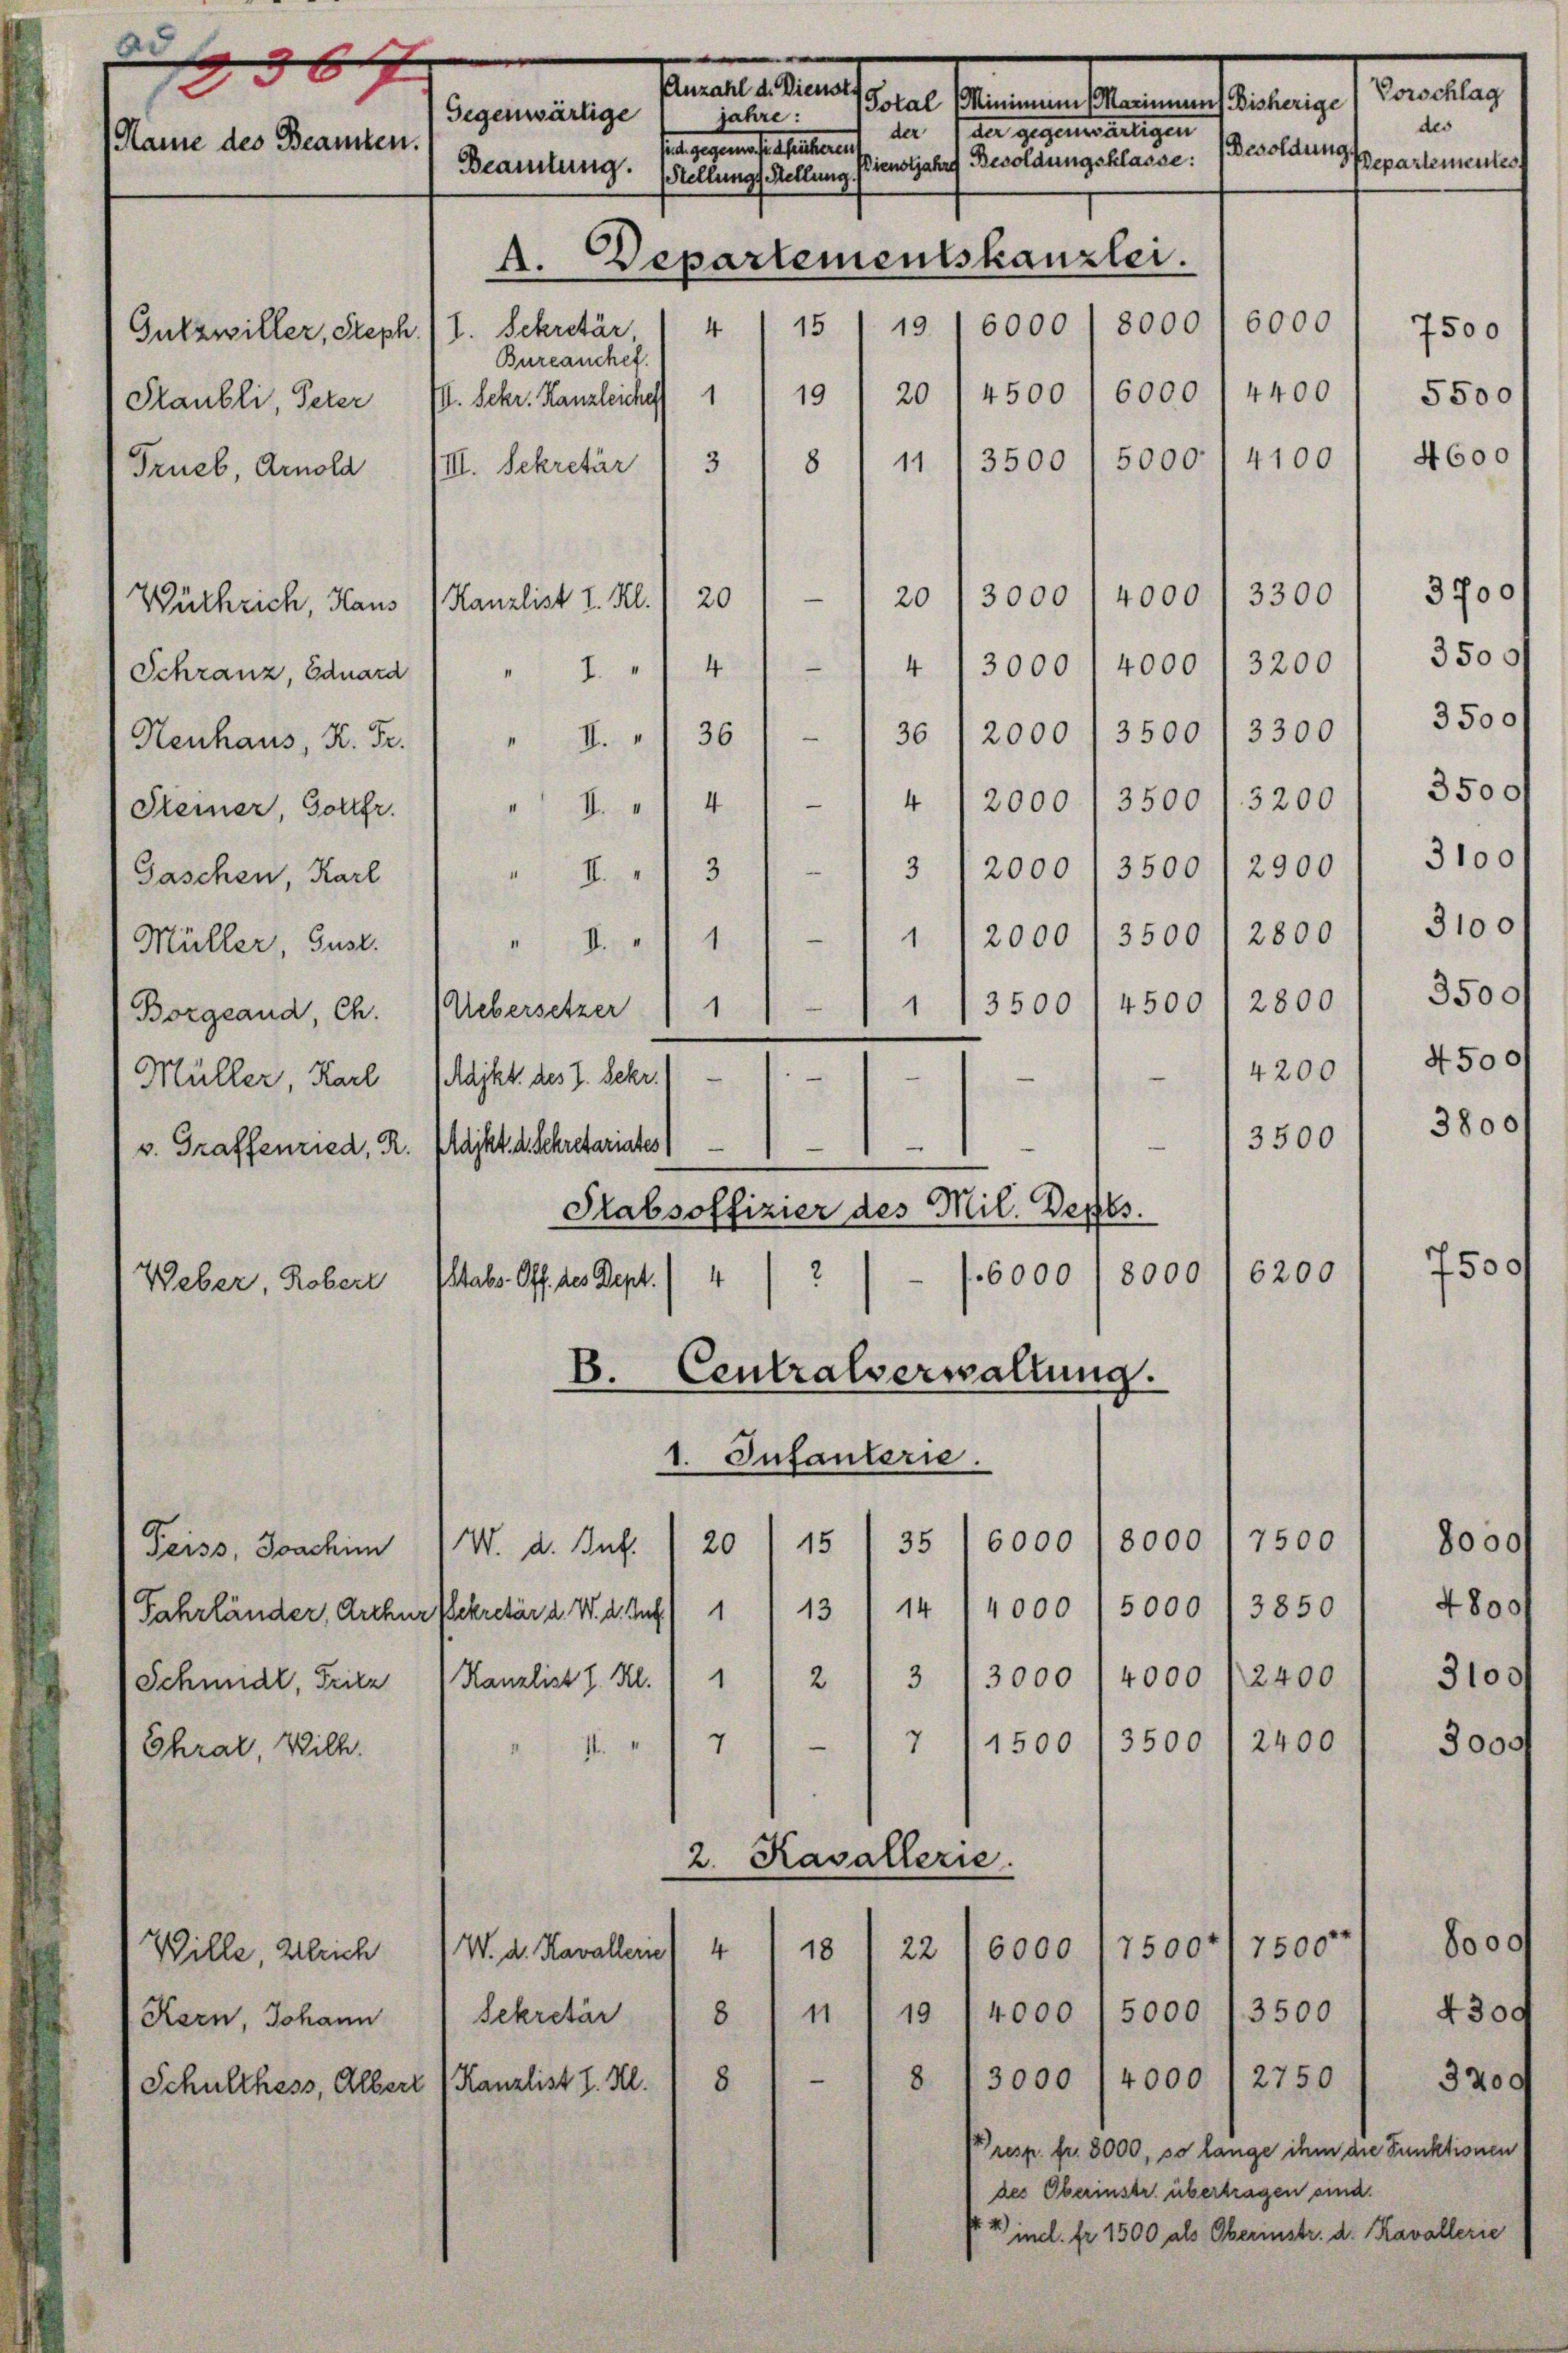
d
567
.
Perlesung
Gegenwärtige
jahre:
der der gegenwärtigen
1 Name des Beamten.
entgegen sie seltenen
Pienstjahre Besoldungsklasse:
Beamtung.
Stellungs Stellung
A. Departementskanzlei.

19. 16000 / 8000
15
Bureauchet.
20 / 4500 l 6000 l 4400 / 5500
19
Staubli, Peter IV. Sekr. Kanzleiches 1
4100
5000.
3500
3
8
11
VIII. Sekretär
4000.
.
3300
3000
20
20
Kanzlist I. Kl.
Wüthrich, Haus
4 13000 l 4000 l 3200 1 3500f
i
Schranz, Eduard " " I. " " 4
36 (2000 / 3500 / 3300 / 3500
—
36
I.
Henhaus, K. Fr.
4
I.14 1/4 /2000 / 3500 l. 3200 / 3500 f
.
3 12000 /3500 / 2900 I 3100
.
2000 / 3500 12800) 3100
1

Borgeand, Ch. (Uebersetzer 1 11 - 1 3500 / 4500) 2800) 3500
.
.
.
Müller, Karl 1 Rajkt. des I. Sekr.)
3500
v. Graffenried, R. Markt. d. Schretariates
Stabsoffizier des Mil. Depes
6200
2
6000
8000
4
Stabs-Off. des Dept.
B. Centralverwaltung.
1. Infanterie.
7500
8000
35) 6000
15
20
W. A. But
Peiss, Joachim
Fahrländer, Arthurflekretär d. W. d. Auf 1 13/14 (4000 (5000 /3850) 4800
3 13000 l 4000 /2400 / 3100/
Kanzlist I. Kl.
2
1
Schmidl, Fritz
.
2400
e
7 11500/3500
7
Chrat, Wilh.
2. Kavallerie.
7500+17500
4
6000
22
W. d. Kavallerie
18
Wille, Gleich
5000 /3500 / 4300
4000
n I 19
8
Kern, Johann Sekretär
n
8
3000 (4000 /2750 / 320
8
Kanzlist I. Kl.
Schulthess, Albert
Vresp. fr. 3000, so lange ihm die Funktionen
des Oberinstr. übertragen sind.
14 incl. fr. 1500 als Oberinstr. d. Kavallerie

Gntzwiller, Steph. (1. Sekretär, 4

Steiner, Gollfr.
Weber, Robert

Frueb, Arnold

Gaschen, Karl " " " " 3

Müller, Gust.    "  "  1

ten heranlagen seinen

Besoldung.

6000

Vorschlag
des
Pepartementes

7500
4600

4200/ 4500
3800 f

7

3700

500

8000f
3000

8000